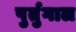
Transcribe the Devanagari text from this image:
पुर्तुगाल